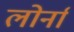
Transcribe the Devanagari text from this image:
लोर्ना